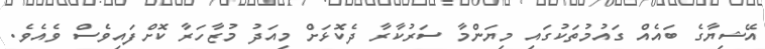
އޭޝިޔާގެ ބައެއް ގައުމުތަކުގައި މިޔަންމާ ސަރުކާރާ ދެކޮޅަށް މިއަދު މުޒާހަރާ ކޮށްފައިވެސް ވެއެވެ.